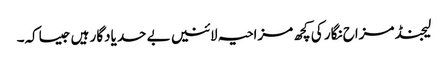
لیجنڈ مزاح نگار کی کچھ مزاحیہ لائنیں بے حد یادگار ہیں جیساکہ۔